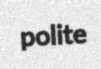
polite